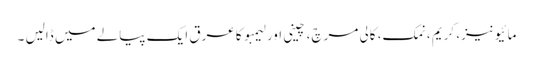
مائیونیز، کریم ، نمک، کالی مرچ، چینی اور لیمبو کا عرق ایک پیالے میں ڈالیں ۔